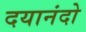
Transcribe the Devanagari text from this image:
दयानंदो